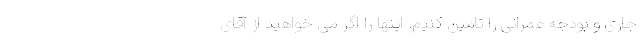
جاری و بودجه عمرانی را تامین کنیم. اینها را اگر می خواهید از آقای